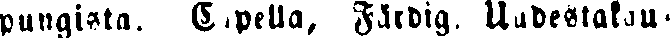
pungista. Capella, Färdig. uudestakau-